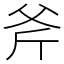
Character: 斧